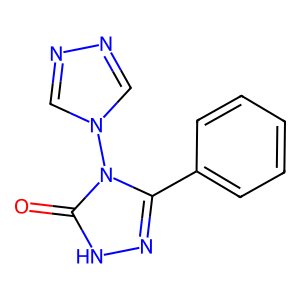
SMILES: O=c1[nH]nc(-c2ccccc2)n1-n1cnnc1
Inhibits HIV replication: No